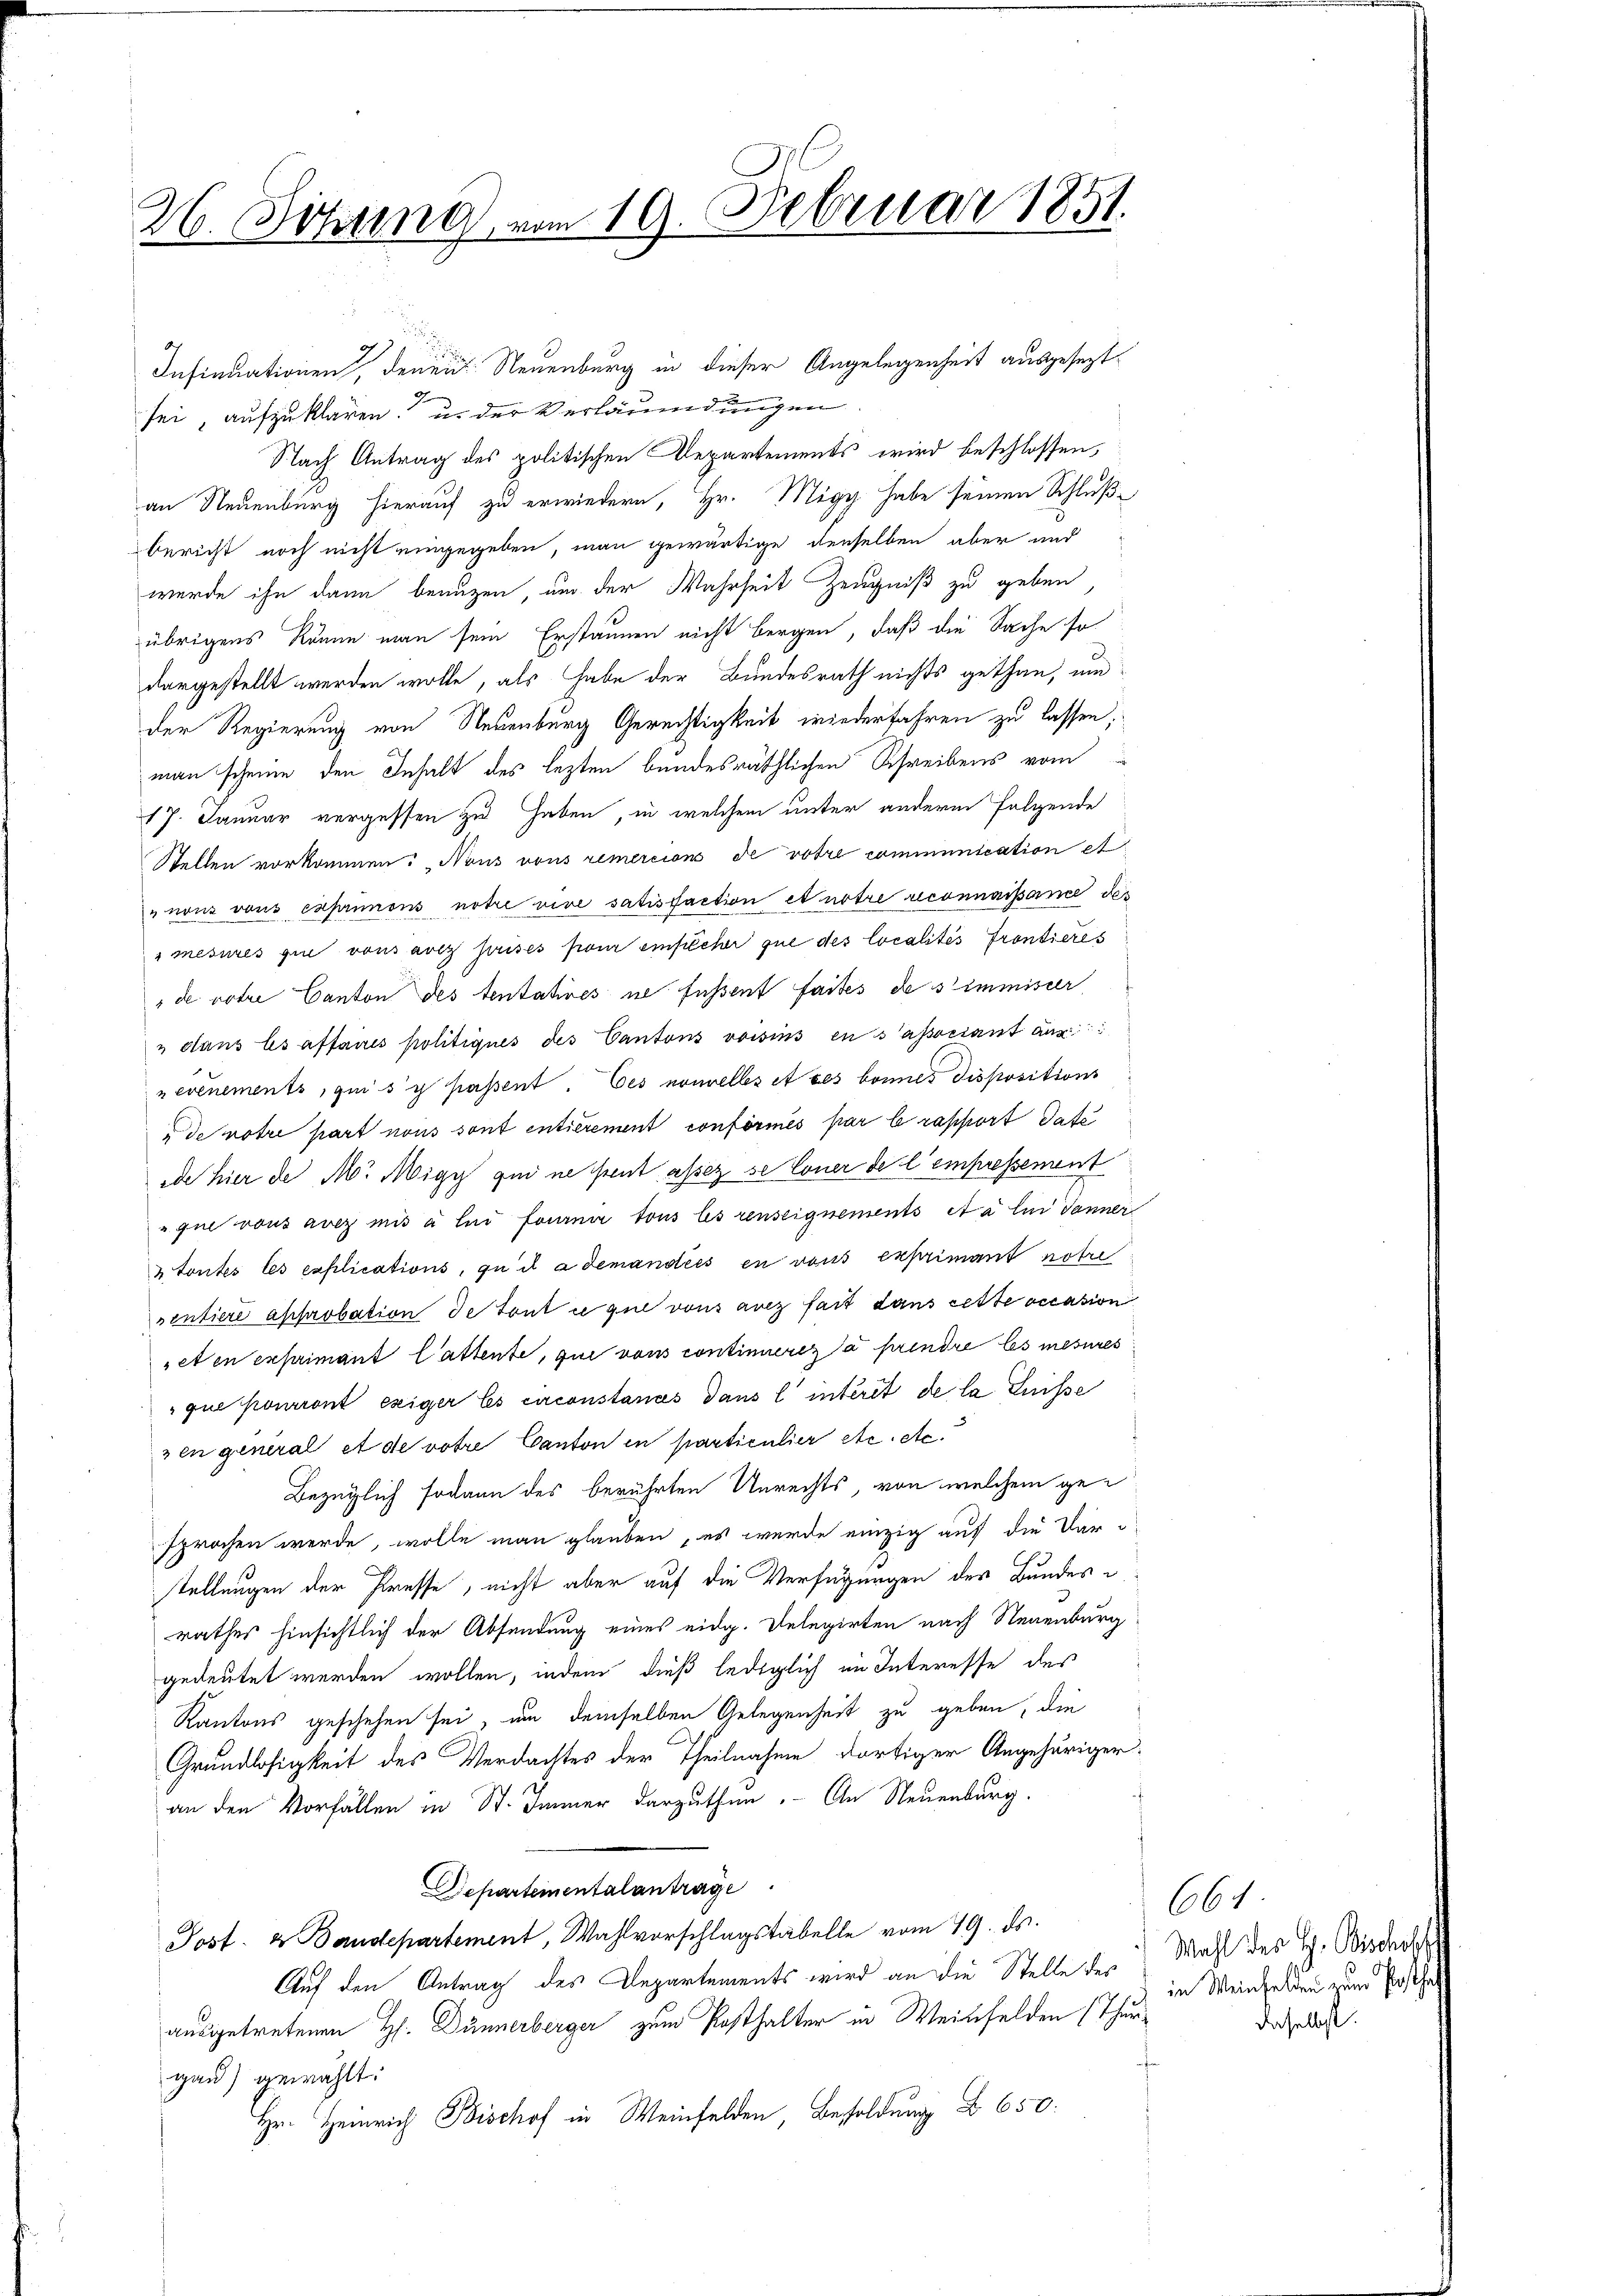
26. Söhung vom 19. Februar 1851.

Insinuationen, denen Neuenburg in dieser Angelegenheit ausgesezt
t
sei, aufzuklären, u. der Verläumdungen
Nach Antrag des politischen Departements wird beschlossen,
an Neuenburg hierauf zu erwiedern, Hr. Migg habe seinen Schlußbericht noch nicht eingegeben, man gewärtige denselben aber und
werde ihn dann benuzen, um der Wahrheit Zeugniß zu geben
übrigens könne man sein Erstaunen nicht bergen, daß die Sache so
vorgestellt werden wolle, als habe der Bundesrath nichts gethan, um
der Regierung von Neuenburg Gerechtigkeit wiederfahren zu lassen;
man scheine den Inhalt des lezten bundesräthlichen Schreibens vom
17. Januar vergessen zu haben, in welchem unter anderm folgende
Stellen vorkommen: „Nons vons remercion de votre communication et
 non vons caprimons notre vive satisfaction et notre reconnaissance des
" mesures que vons avis prises son einfacher que des localités frontieres
de votie Canton des tentatives ne fussent faites de simmisser
" dans les affaires politiques des Cantons voisins en sassociant aus
evenements, qui se passent. Ces nouvelles et ces bonnes dispositions
de notre part nous sont entièrement conformés par le rapport dato
ide hier de Mr. Migy qui neistent assez se Coner de l’empressement
que vous avez mis à lui fournir tous les renseignements et a lin danner
& toutes les explications, qui a demandés en vons exprimant noti
ventiere approbation de Tout ce que von avez fait dans cette occasion
et en exprimant l’attente, qui vons continuereza prendre les mesures
que pourront exiger les circonstances dans l’ interit de la Suisse
zen general et de votire Canton in particulier etc. etc.
Bezüglich sodann des berührten Unrechts, von welchem gesprochen werde, wolle man glauben, es werde einzig auf die Verstellungen der Presse, nicht aber auf die Verfügungen des Bundesrathes hinsichtlich der Absendung eines eidg. Delegirten nach Neuenburg
gedeutet werden wollen, indem dieß lediglich im Interesse des
Kantons geschehen sei, um demselben Gelegenheit zu geben, die
Grundlosigkeit des Verdachtes der Theilnahme dortiger Angehöriger-
an den Vorfällen in St. Immer darzuthun. - An Neuenburg.
Departementalantrage
Post- & Baudepartement, Wahlvorschlagstabelle vom 19. ds.
Auf den Antrag des Departements wird an die Stelle der Mahl des H. Bisdach
ausgetretenen Hs. Dünnerberger zum Posthalter in Weinfelden (Thurgan) gewählt:
Hr. Heinrich Bischof in Weinfelden, Besoldung No 650.

664
in Weinfelden zum Posth
daselbst.